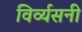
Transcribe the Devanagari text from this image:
विर्व्यसनी